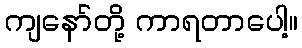
ကျနော်တို့ ကာရတာပေါ့။